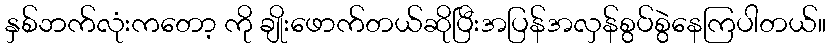
နှစ်ဘက်လုံးကတော့ ကို ချိုးဖောက်တယ်ဆိုပြီးအပြန်အလှန်စွပ်စွဲနေကြပါတယ်။